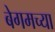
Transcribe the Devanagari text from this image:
बेगमच्या